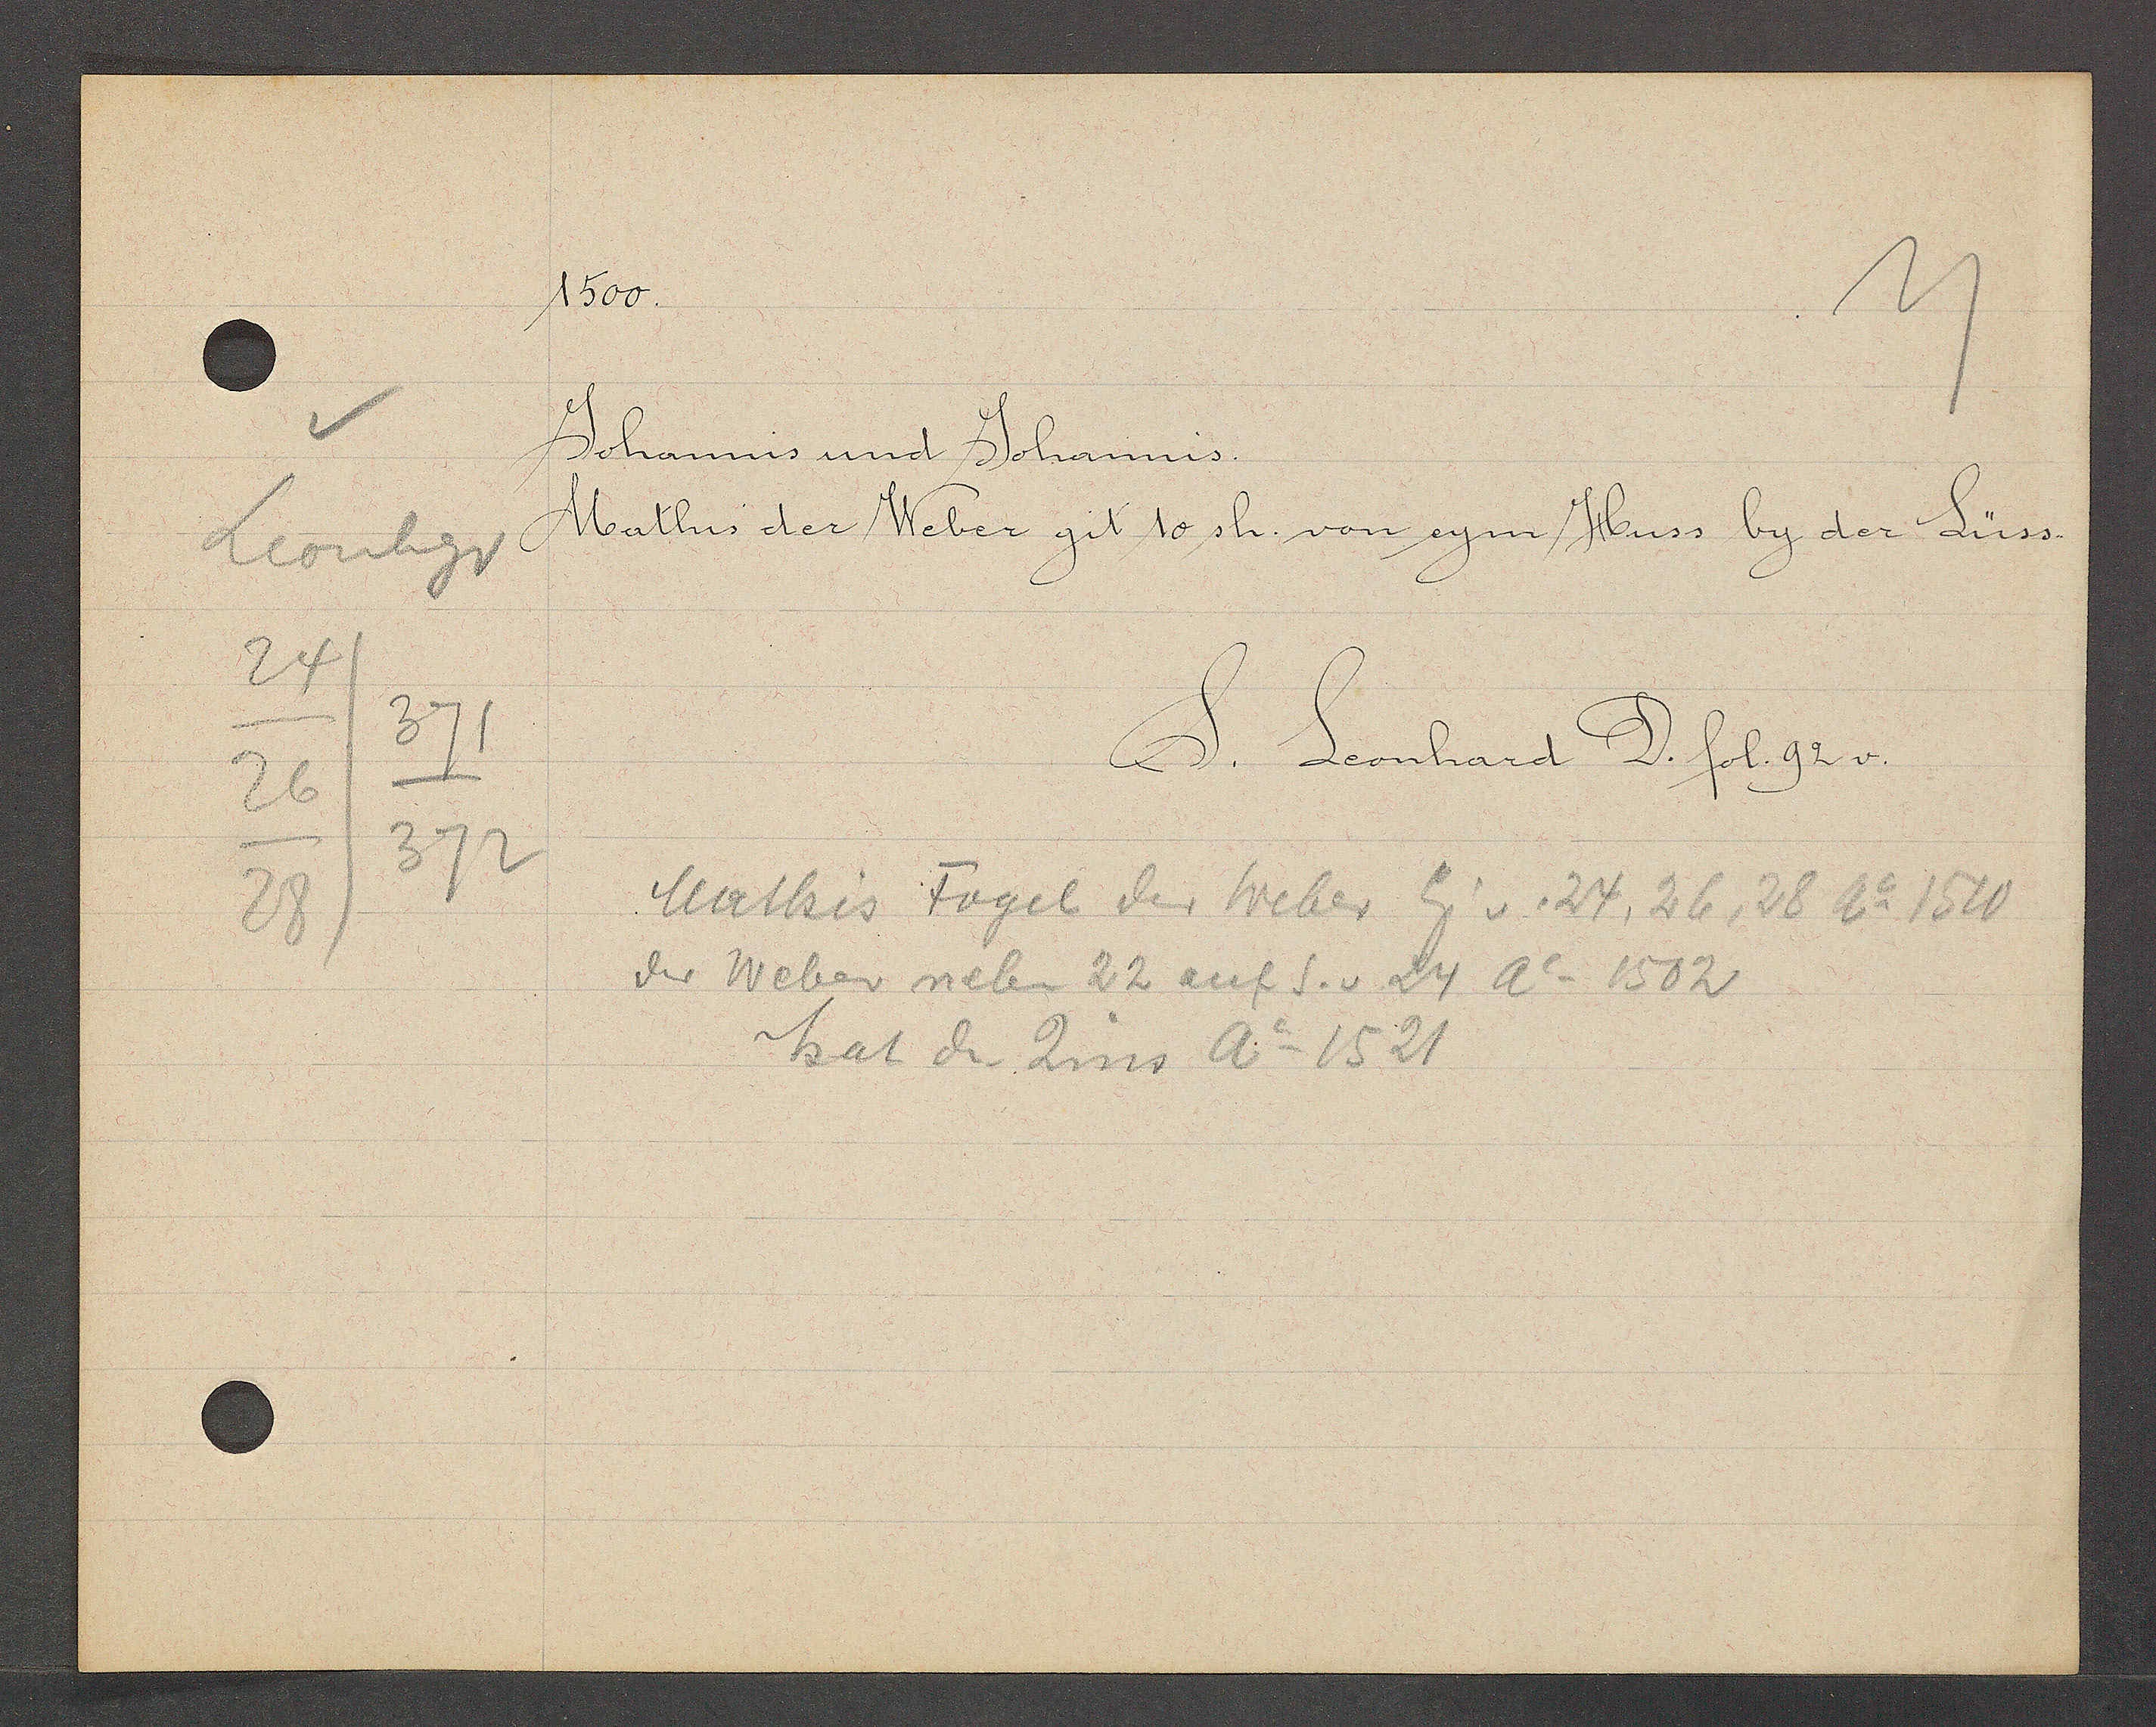
Transcript:
Leonhgr
24
26
28
371
372

1500

Johannis und Johannis.
Mathis der Weber git 10 sh. von eym Huss by der Lüss.

S. Leonhard D. fol. 92 v.

Mathis Fogel der Weber Eig v. 24, 26, 28 Ao 1510
der Weber neben 22 auf S. v. 24 Ao 1502
hat den Zins Ao 1521